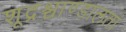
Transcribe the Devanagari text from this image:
शूद्रश्चाण्डालतां